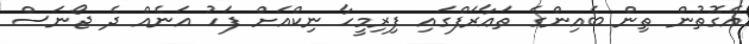
އެގޮތުން ތިން ބެއިންގެ ތަޢާރަފްގައި ފިރިމީހާ ނިކްއަށް ފަހު އަނެއް ދެ ޖޯނަސް